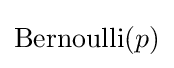
\mathrm {Bernoulli} (p)